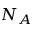
N _ { A }